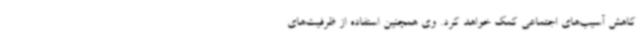
کاهش آسیب‌های اجتماعی کمک خواهد کرد. وی همچنین استفاده از ظرفیت‌های